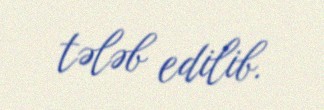
tələb edilib.